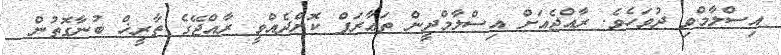
އިސްލާމްވި ދުވަހެވެ. ރާއްޖެއަށް އިސްލާމްދީން ތަޢާރަފް ކޮށްދެއްވީ ރާއްޖޭގެ ތާރީޚް ބުނާގޮތުން